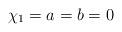
LaTeX: \begin{align*}\chi_1=a=b=0\end{align*}